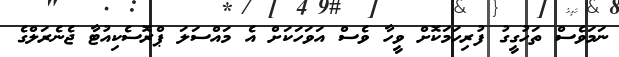
ނަމަވެސް ތަހުގީގު ފުރިހަމަކޮށް ވީހާ ވެސް އަވަހަކަށް އެ މައްސަލަ ޕްރޮސެކިއުޓާ ޖެނެރަލްގެ